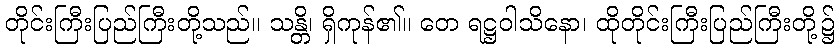
တိုင်းကြီးပြည်ကြီးတို့သည်။ သန္တိ၊ ရှိကုန်၏။ တေ ရဋ္ဌဝါသိနော၊ ထိုတိုင်းကြီးပြည်ကြီးတို့၌